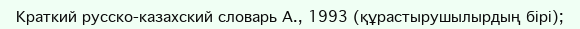
Краткий русско-казахский словарь А., 1993 (құрастырушылырдың бірі);